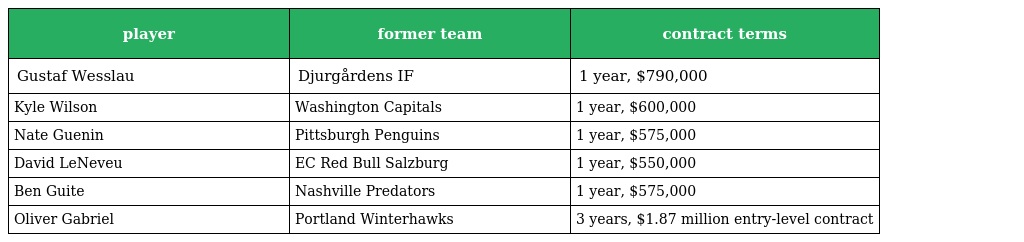
| player | former team | contract terms |
 | --- | --- | --- |
 | Gustaf Wesslau | Djurgårdens IF | 1 year, $790,000 |
 | Kyle Wilson | Washington Capitals | 1 year, $600,000 |
 | Nate Guenin | Pittsburgh Penguins | 1 year, $575,000 |
 | David LeNeveu | EC Red Bull Salzburg | 1 year, $550,000 |
 | Ben Guite | Nashville Predators | 1 year, $575,000 |
 | Oliver Gabriel | Portland Winterhawks | 3 years, $1.87 million entry-level contract |